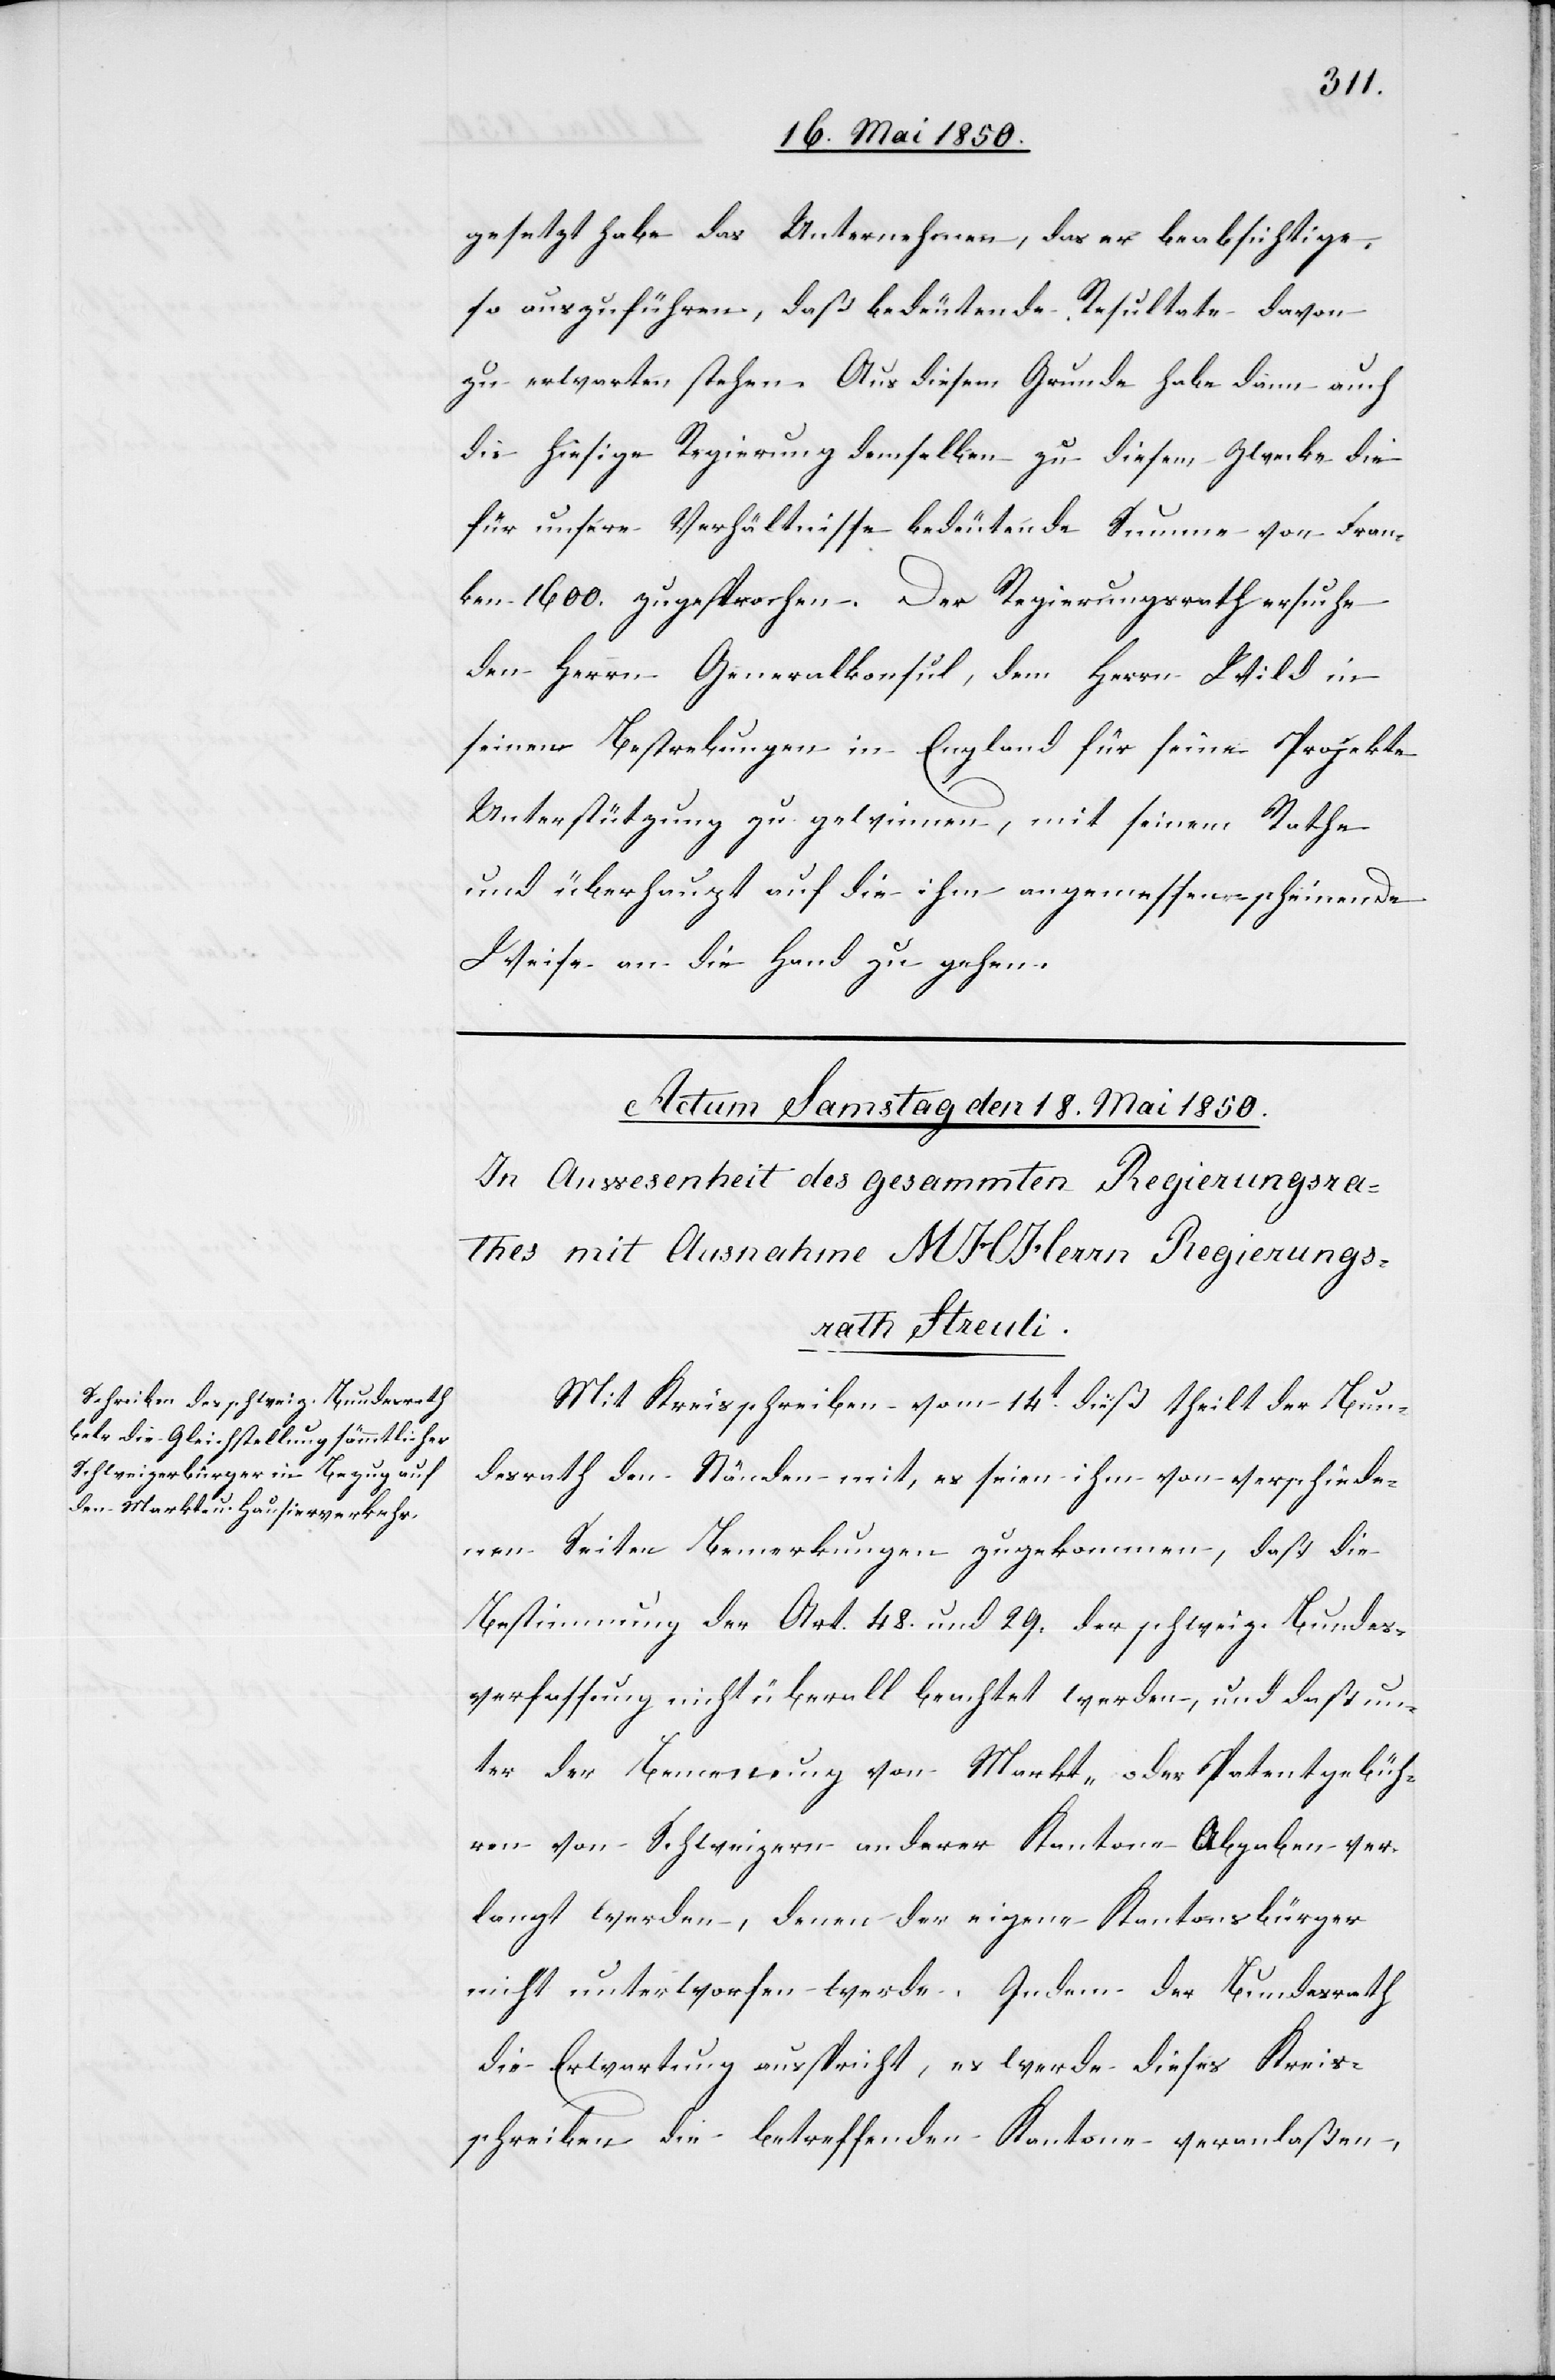
gesetzt habe das Unternehmen, das er beabsichtige
so auszuführen, daß bedeutende Resultate davon
zu erwarten stehen. Aus diesem Grunde habe dann auch
die hiesige Regierung demselben zu diesem Zwecke die
für unsere Verhältnisse bedeutende Summe von Fran¬
ken 1600. zugesprochen. Der Regierungsrath ersuche
den Herrn Generalkonsul, dem Herrn Wild in
seinen Bestrebungen in England für seine Projekte
Unterstützung zu gewinnen, mit seinem Rathe
und überhaupt auf die ihm angemessen scheinende
Weise an die Hand zu gehen.
Mit Kreisschreiben vom 14t dieß theilt der Bun¬
desrath den Ständen mit, es seien ihm von verschiede¬
nen Seiten Bemerkungen zugekommen, daß die
Bestimmung der Art. 48. und 29. der schweiz. Bundes¬
verfassung nicht überall beachtet werden, und daß un¬
ter der Bemenung [sic!] von Markt- oder Patentgebüh¬
ren von Schweizern anderer Kantone Abgaben ver¬
langt werden, denen der eigene Kantonsbürger
nicht unterworfen werde. Indem der Bundesrath
die Erwartung ausspricht, es werde dieses Kreis¬
schreiben die betreffenden Kantone veranlaßen,